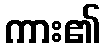
ကား၏